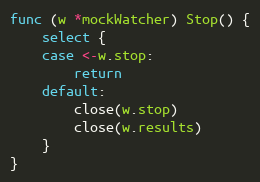
Language: Go
func (w *mockWatcher) Stop() {
	select {
	case <-w.stop:
		return
	default:
		close(w.stop)
		close(w.results)
	}
}